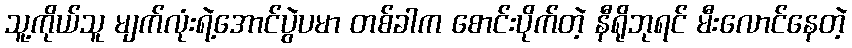
သူ့ကိုယ်သူ မျက်လုံးရဲ့အောင်ပွဲပမာ တစ်ခါက စောင်းပိုက်တဲ့ နီရိုဘုရင် မီးလောင်နေတဲ့